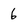
Character: 6